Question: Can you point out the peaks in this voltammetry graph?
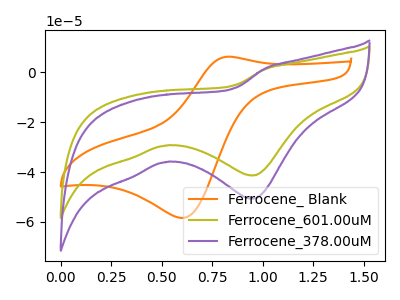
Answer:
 <answer>The orange curve "Ferrocene_ Blank" has an anodic peak at (0.85V, 6.25uA) and a cathodic peak at (0.60V, -58.40uA). The olive curve "Ferrocene_601.00uM" has a cathodic peak at: (0.95V, -41.40uA). The purple curve "Ferrocene_378.00uM" has a cathodic peak at: (0.95V, -50.70uA).</answer>
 <eval></eval>